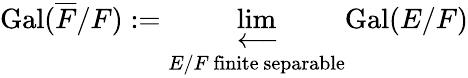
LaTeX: \operatorname{Gal}({\overline{{F}}}/F):=\varprojlim_{E/F{\mathrm{~finite~separable}}}{\operatorname{Gal}(E/F)}